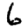
Digit: 6